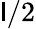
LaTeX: \mathsf{l}/2